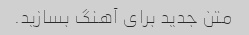
متن جدید برای آهنگ بسازید.